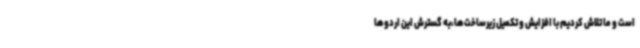
است و ما تلاش کردیم با افزایش و تکمیل زیرساخت‌ها،به گسترش این اردوها